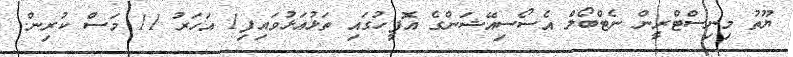
ޔޫތު މިނިސްޓްރީން ނެޓްބޯލް އެސޯސިއޭޝަންގެ އޮފީހުގައި ތަޅުއަޅުވައިފި1 އަހަރު 11 މަސް ކުރިން.